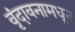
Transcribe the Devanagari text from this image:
वृंदावनामधून